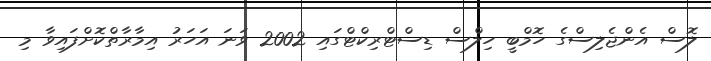
ލޮސް އެންޖެލިސްގެ ހޮމްބީ ހިލްސް ޑިސްޓްރިކްޓްގައި 2002 ވަނަ އަހަރު އިމާރާތްކޮށްފައިވާ މި